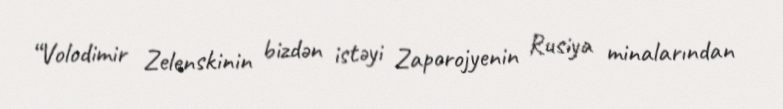
“Volodimir Zelenskinin bizdən istəyi Zaporojyenin Rusiya minalarından